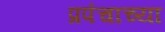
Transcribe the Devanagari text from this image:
प्रपंचाच्या